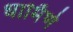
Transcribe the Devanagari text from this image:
धार्मिणे